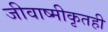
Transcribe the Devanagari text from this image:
जीवाष्मीकृतही